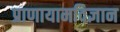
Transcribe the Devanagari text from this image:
प्राणायामविज्ञान